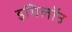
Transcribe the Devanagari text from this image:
इमिलॉउ